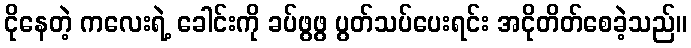
ငိုနေတဲ့ ကလေးရဲ့ ခေါင်းကို ခပ်ဖွဖွ ပွတ်သပ်ပေးရင်း အငိုတိတ်စေခဲ့သည်။